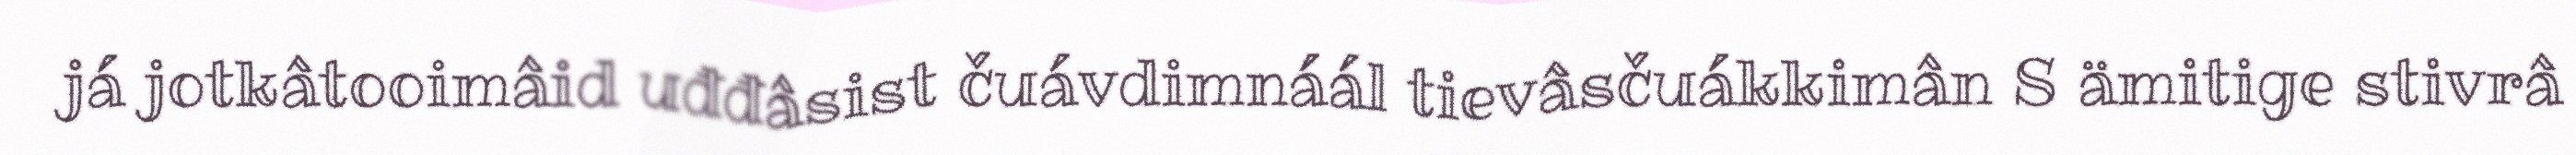
já jotkâtooimâid uđđâsist čuávdimnáál tievâsčuákkimân S ämitige stivrâ